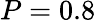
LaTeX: P=0.8